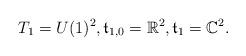
LaTeX: \begin{align*} T_1=U(1)^2, {\mathfrak t}_{1,0} = {\mathbb R}^2, {\mathfrak t}_1 = {\mathbb C}^2.\end{align*}